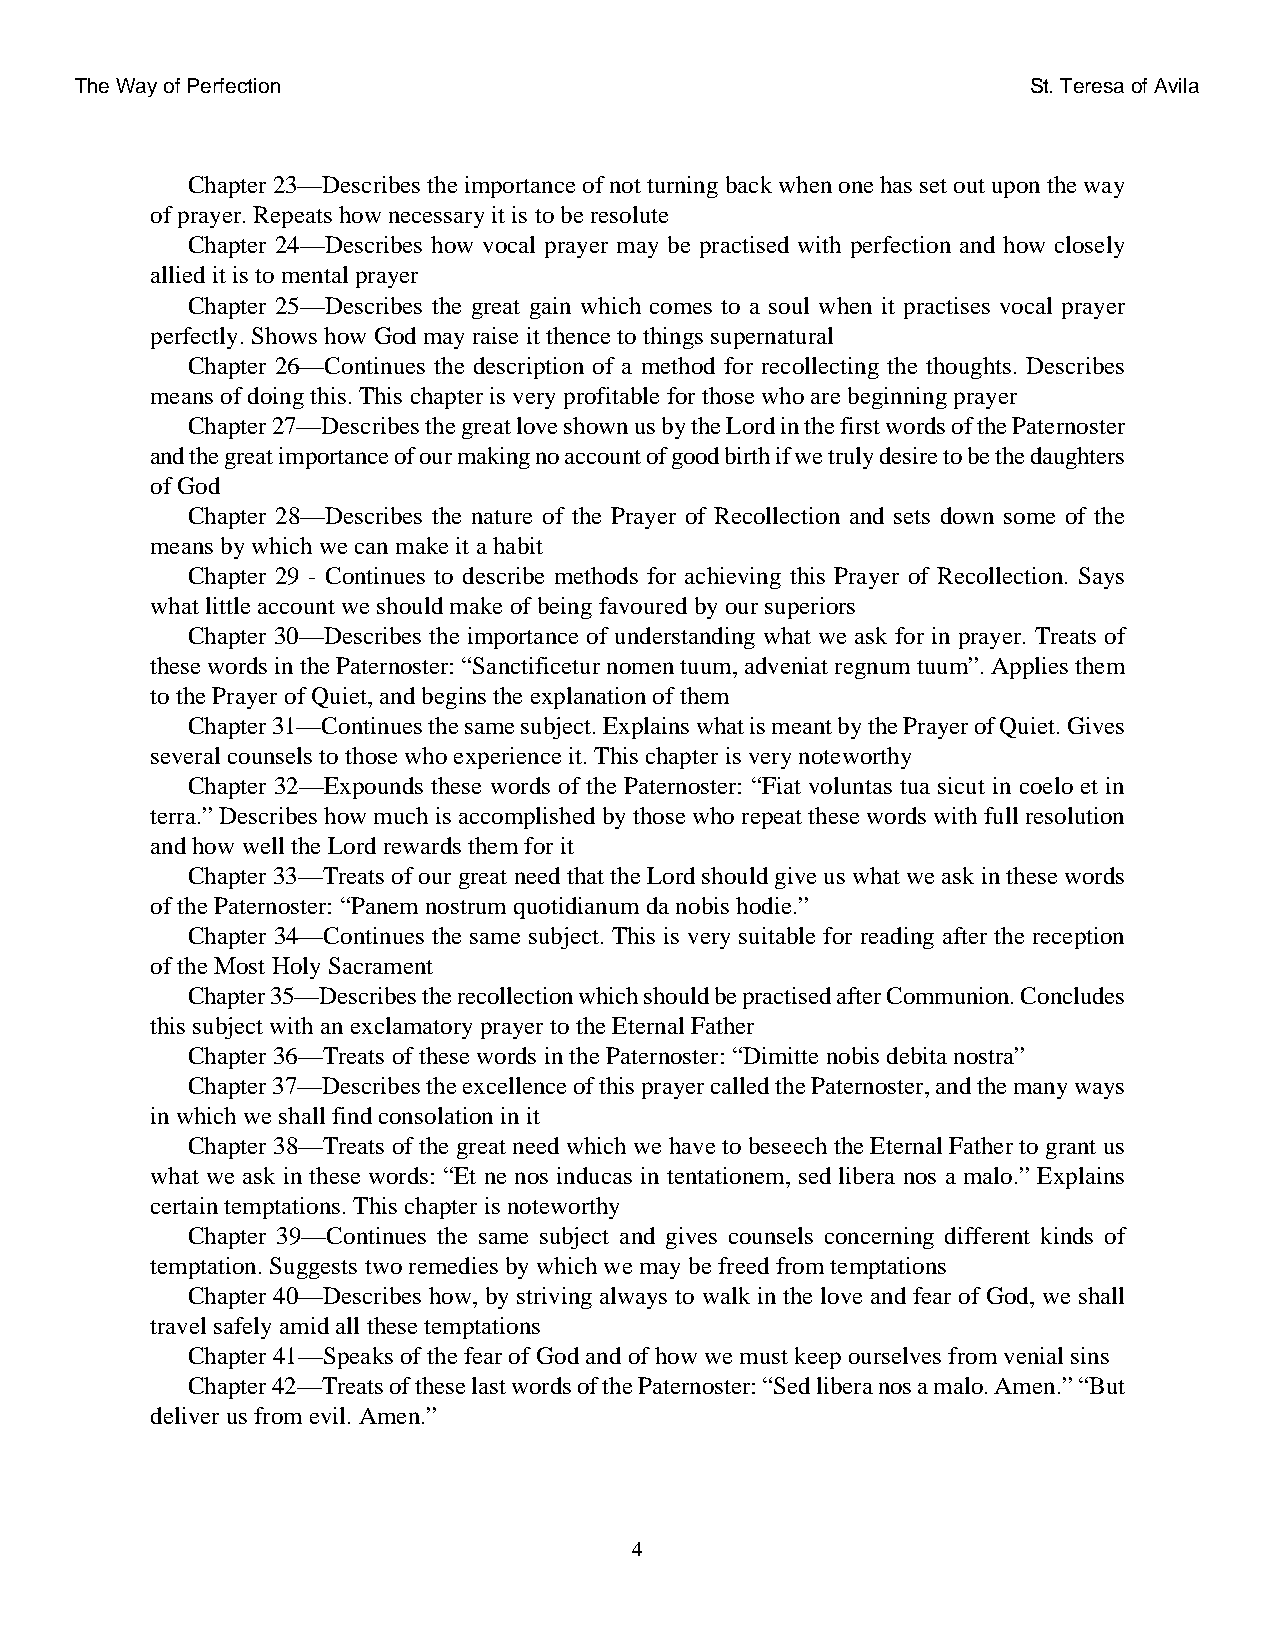
The Way of Perfection                                          St. Teresa of Avila
 Chapter 23—Describes the importance of not turning back when one has set out upon the way
 of prayer. Repeats how necessary it is to be resolute
 Chapter 24—Describes how vocal prayer may be practised with perfection and how closely
 allied it is to mental prayer
 Chapter 25—Describes the great gain which comes to a soul when it practises vocal prayer
 perfectly. Shows how God may raise it thence to things supernatural
 Chapter 26—Continues the description of a method for recollecting the thoughts. Describes
 means of doing this. This chapter is very profitable for those who are beginning prayer
 Chapter 27—Describes the great love shown us by the Lord in the first words of the Paternoster
 and the great importance of our making no account of good birth if we truly desire to be the daughters
 of God
 Chapter 28—Describes the nature of the Prayer of Recollection and sets down some of the
 means by which we can make it a habit
 Chapter 29 - Continues to describe methods for achieving this Prayer of Recollection. Says
 what little account we should make of being favoured by our superiors
 Chapter 30—Describes the importance of understanding what we ask for in prayer. Treats of
 these words in the Paternoster: “Sanctificetur nomen tuum, adveniat regnum tuum”. Applies them
 to the Prayer of Quiet, and begins the explanation of them
 Chapter 31—Continues the same subject. Explains what is meant by the Prayer of Quiet. Gives
 several counsels to those who experience it. This chapter is very noteworthy
 Chapter 32—Expounds these words of the Paternoster: “Fiat voluntas tua sicut in coelo et in
 terra.” Describes how much is accomplished by those who repeat these words with full resolution
 and how well the Lord rewards them for it
 Chapter 33—Treats of our great need that the Lord should give us what we ask in these words
 of the Paternoster: “Panem nostrum quotidianum da nobis hodie.”
 Chapter 34—Continues the same subject. This is very suitable for reading after the reception
 of the Most Holy Sacrament
 Chapter 35—Describes the recollection which should be practised after Communion. Concludes
 this subject with an exclamatory prayer to the Eternal Father
 Chapter 36—Treats of these words in the Paternoster: “Dimitte nobis debita nostra”
 Chapter 37—Describes the excellence of this prayer called the Paternoster, and the many ways
 in which we shall find consolation in it
 Chapter 38—Treats of the great need which we have to beseech the Eternal Father to grant us
 what we ask in these words: “Et ne nos inducas in tentationem, sed libera nos a malo.” Explains
 certain temptations. This chapter is noteworthy
 Chapter 39—Continues the same subject and gives counsels concerning different kinds of
 temptation. Suggests two remedies by which we may be freed from temptations
 Chapter 40—Describes how, by striving always to walk in the love and fear of God, we shall
 travel safely amid all these temptations
 Chapter 41—Speaks of the fear of God and of how we must keep ourselves from venial sins
 Chapter 42—Treats of these last words of the Paternoster: “Sed libera nos a malo. Amen.” “But
 deliver us from evil. Amen.”
 4